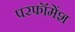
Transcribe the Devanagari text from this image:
परफॉमेंश